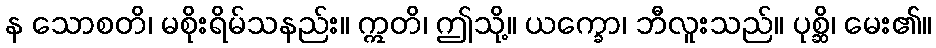
န သောစတိ၊ မစိုးရိမ်သနည်း။ ဣတိ၊ ဤသို့။ ယက္ခော၊ ဘီလူးသည်။ ပုစ္ဆိ၊ မေး၏။